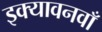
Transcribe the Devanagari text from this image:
इक्यावनवाँ